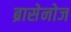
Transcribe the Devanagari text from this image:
ब्रासेनोज